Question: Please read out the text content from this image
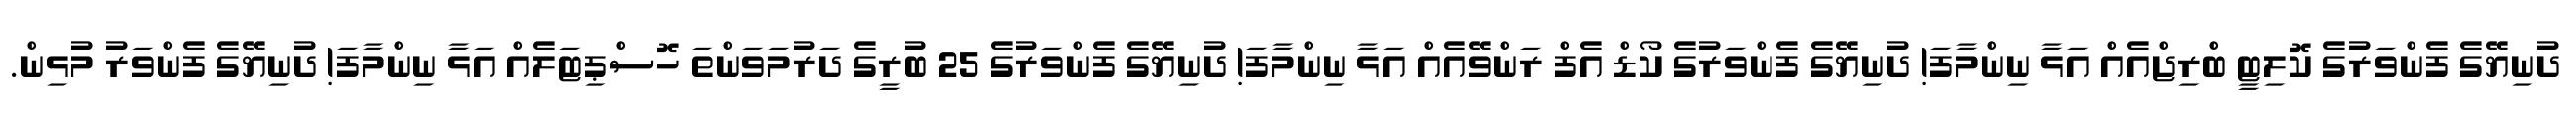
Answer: ދުނިޔޭގެ ފެންވަރުގެ ކޮލިޓީ ބްރިޖްއެއް އަޅާ ނިންމާފަ! ދުނިޔޭގެ ފެންވަރުގެ ކޯޑް އެފް ރަންވޭއެއް އަޅާ ނިންމާފަ! ދުނިޔޭގެ ފެންވަރުގެ 25 ބުރީގެ ދަރުމަވަންތަ ހޮސްޕިޓަލެއް އަޅާ ނިންމާފަ! ދުނިޔޭގެ ފެންވަރު މުޅިން.